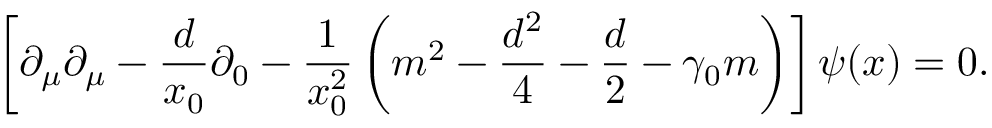
\left[ \partial _ { \mu } \partial _ { \mu } - \frac { d } { x _ { 0 } } \partial _ { 0 } - \frac { 1 } { x _ { 0 } ^ { 2 } } \left( m ^ { 2 } - \frac { d ^ { 2 } } { 4 } - \frac { d } { 2 } - \gamma _ { 0 } m \right) \right] \psi ( x ) = 0 .